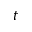
t